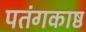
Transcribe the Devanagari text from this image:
पतंगकाष्ठ